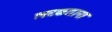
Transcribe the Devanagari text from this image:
लटकताना